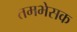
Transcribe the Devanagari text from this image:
तमभेसक